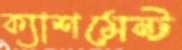
ক্যাশমেন্ট